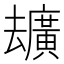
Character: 𪠢